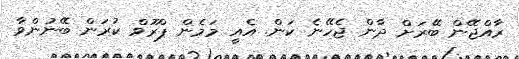
ރާއްޖޭން ބޭރަށް ދާން ޖެހޭނެ ކަން. އެއީ މަމެން ޕްރޫވް ކުރަން ބޭނުންވާ